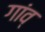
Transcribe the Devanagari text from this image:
गांव्